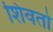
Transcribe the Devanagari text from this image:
शिवतो